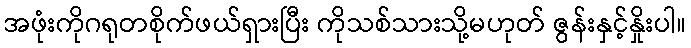
အဖုံးကိုဂရုတစိုက်ဖယ်ရှားပြီး ကိုသစ်သားသို့မဟုတ် ဇွန်းနှင့်နှိုးပါ။